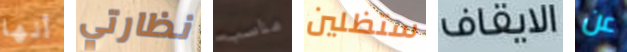
أنها نظارتي مناسب ستظلين الايقاف عن